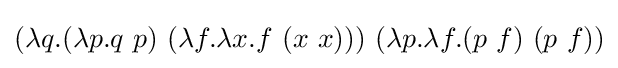
(\lambda q.(\lambda p.q\ p)\ (\lambda f.\lambda x.f\ (x\ x)))\ (\lambda p.\lambda f.(p\ f)\ (p\ f))